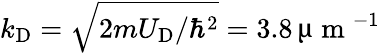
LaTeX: k_{\textrm{D}}=\sqrt{2mU_{\textrm{D}}/\hbar^{2}}=3.8\, \upmu\mathrm{~m~}^{-1}